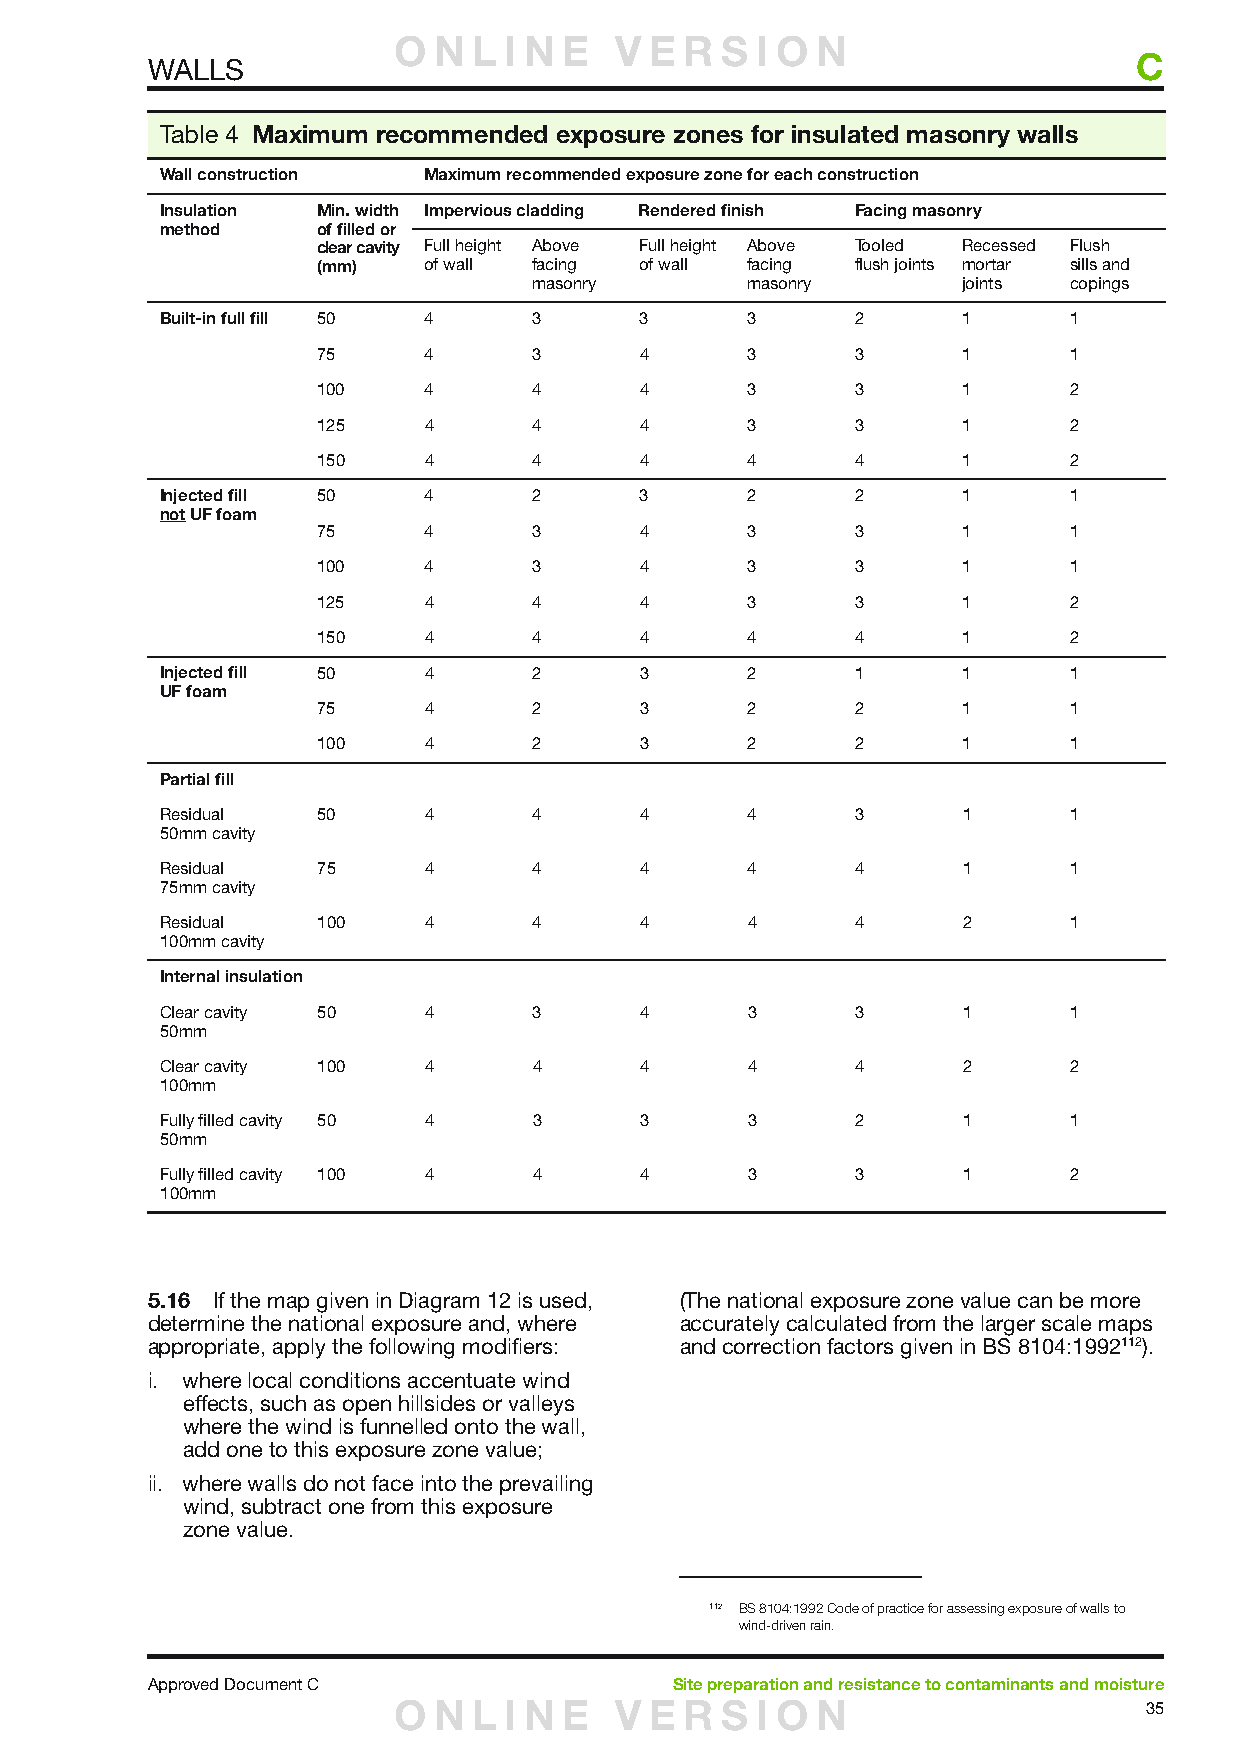
O  N L I N E   V E R  S I O N
 C
 WALLS
 Table 4 Maximum recommended exposure zones for insulated masonry walls
 Wall construction Maximum recommended exposure zone for each construction
 Insulation Min. width Impervious cladding Rendered finish Facing masonry
 method    of filled or
 clear cavity Full height Above Full height Above Tooled Recessed Flush
 (mm)   of wall facing of wall facing flush joints mortar sills and
 masonry       masonry        joints copings
 Built-in full fill 50 4 3      3      3       2      1      1
 75     4      3      4      3       3      1      1
 100    4      4      4      3       3      1      2
 125    4      4      4      3       3      1      2
 150    4      4      4      4       4      1      2
 Injected fill 50 4      2      3      2       2      1      1
 not UF foam
 75     4      3      4      3       3      1      1
 100    4      3      4      3       3      1      1
 125    4      4      4      3       3      1      2
 150    4      4      4      4       4      1      2
 Injected fill 50 4      2      3      2       1      1      1
 UF foam
 75     4      2      3      2       2      1      1
 100    4      2      3      2       2      1      1
 Partial fill
 Residual  50     4      4      4      4       3      1      1
 50mm cavity
 Residual  75     4      4      4      4       4      1      1
 75mm cavity
 Residual  100    4      4      4      4       4      2      1
 100mm cavity
 Internal insulation
 Clear cavity 50  4      3      4      3       3      1      1
 50mm
 Clear cavity 100 4      4      4      4       4      2      2
 100mm
 Fully filled cavity 50 4 3     3      3       2      1      1
 50mm
 Fully filled cavity 100 4 4    4      3       3      1      2
 100mm
 5.16 If the map given in Diagram 12 is used, (The national exposure zone value can be more
 determine the national exposure and, where accurately calculated from the larger scale maps
 appropriate, apply the following modifiers: and correction factors given in BS 8104:1992112).
 i. where local conditions accentuate wind
 effects, such as open hillsides or valleys
 where the wind is funnelled onto the wall,
 add one to this exposure zone value;
 ii. where walls do not face into the prevailing
 wind, subtract one from this exposure
 zone value.
 112 BS 8104:1992 Code of practice for assessing exposure of walls to
 wind-driven rain.
 Approved Document C               Site preparation and resistance to contaminants and moisture
 O  N L I N E   V E R  S I O N                     35